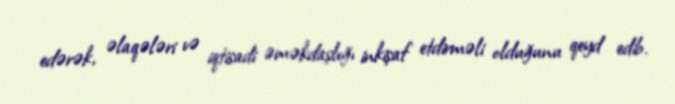
edərək, əlaqələri və iqtisadi əməkdaşlığı inkişaf etdirməli olduğunu qeyd edib.